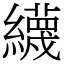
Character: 䌩